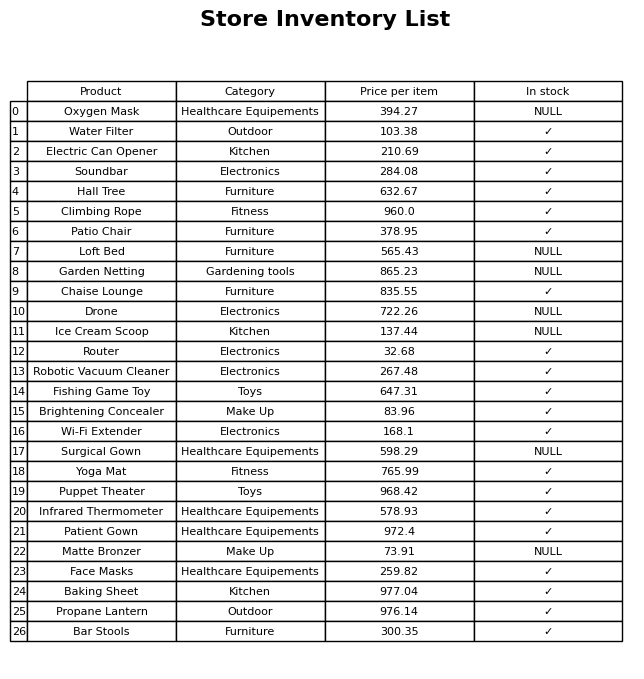
question: What is the price for Yoga Mat?
answer: The price of Yoga Mat is 765.99.